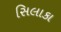
સિલાકા